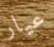
عيار